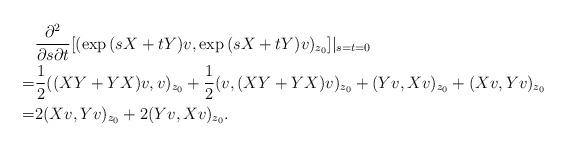
LaTeX: \begin{align*} &\frac{\partial^2}{\partial s \partial t}[(\exp{(sX+tY)}v,\exp{(sX+tY)}v)_{z_0}]|_{s=t=0} \\ =& \frac{1}{2}((XY+YX)v,v)_{z_0}+\frac{1}{2}(v,(XY+YX)v)_{z_0}+(Yv,Xv)_{z_0}+(Xv,Yv)_{z_0}\\ =&2(Xv,Yv)_{z_0}+2(Yv,Xv)_{z_0}. \end{align*}